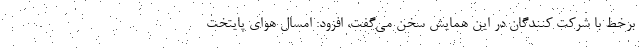
برخط با شرکت کنندگان در این همایش سخن می‌گفت، افزود: امسال هوای پایتخت